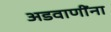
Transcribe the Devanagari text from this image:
अडवाणींना